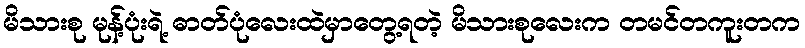
မိသားစု မုန့်ပုံးရဲ့ ဓာတ်ပုံလေးထဲမှာတွေ့ရတဲ့ မိသားစုလေးက တမင်တကူးတက